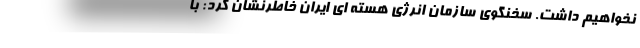
نخواهیم داشت. سخنگوی سازمان انرژی هسته ای ایران خاطرنشان کرد: با